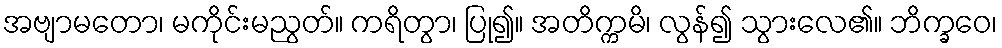
အဗျာမတော၊ မကိုင်းမညွတ်။ ကရိတွာ၊ ပြု၍။ အတိက္ကမိ၊ လွန်၍ သွားလေ၏။ ဘိက္ခဝေ၊